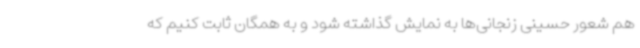
هم شعور حسینی زنجانی‌ها به نمایش گذاشته شود و به همگان ثابت کنیم که